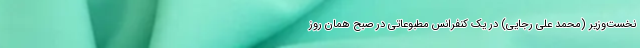
نخست‌وزیر (محمد علی رجایی) در یک کنفرانس مطبوعاتی در صبح همان روز